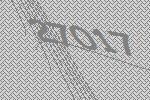
27017